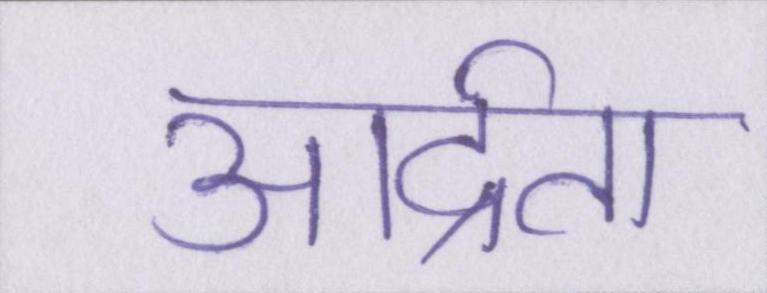
आर्द्रता